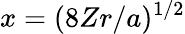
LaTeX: x=(8Zr/a)^{1/2}